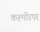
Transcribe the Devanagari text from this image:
कश्मीरपर